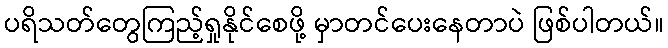
ပရိသတ်တွေကြည့်ရှုနိုင်စေဖို့ မှာတင်ပေးနေတာပဲ ဖြစ်ပါတယ်။